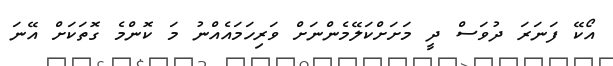
އޯކޭ ފަނަރަ ދުވަސް ދީ މަށަށްކަލޭމެންނަށް ވަރިހަމައެއްނު މަ ކޮންމެ ގޮތަކަށް އޭނަ